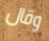
وقال